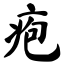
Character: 疱